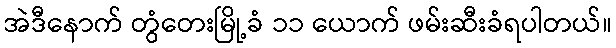
အဲဒီနောက် တွံတေးမြို့ခံ ၁၁ ယောက် ဖမ်းဆီးခံရပါတယ်။